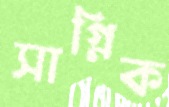
সাগ্নিক